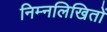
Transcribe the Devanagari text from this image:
निम्नलिखितों